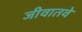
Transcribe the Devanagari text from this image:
जीवातवे